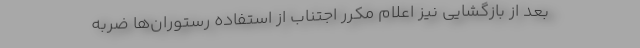
بعد از بازگشایی نیز اعلام مکرر اجتناب از استفاده رستوران‌ها ضربه